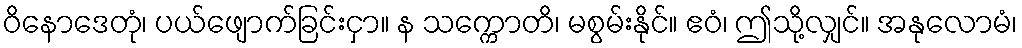
ဝိနောဒေတုံ၊ ပယ်ဖျောက်ခြင်းငှာ။ န သက္ကောတိ၊ မစွမ်းနိုင်။ ဧဝံ၊ ဤသို့လျှင်။ အနုလောမံ၊